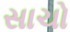
સાચો